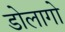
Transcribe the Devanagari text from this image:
डोलागो